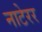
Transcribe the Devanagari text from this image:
नाटेरर